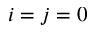
i = j = 0